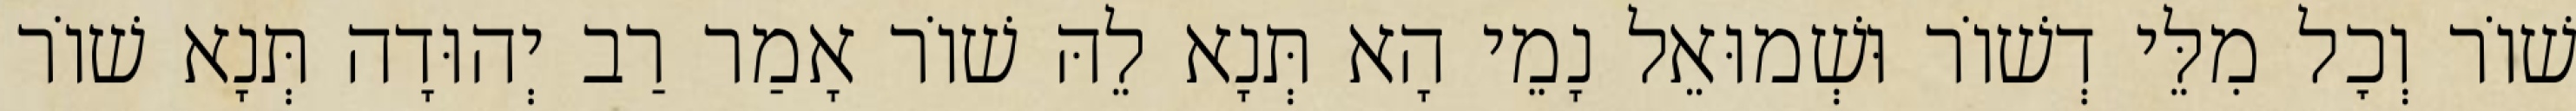
שׁוֹר וְכׇל מִלֵּי דְשׁוֹר וּשְׁמוּאֵל נָמֵי הָא תְּנָא לֵהּ שׁוֹר אָמַר רַב יְהוּדָה תְּנָא שׁוֹר